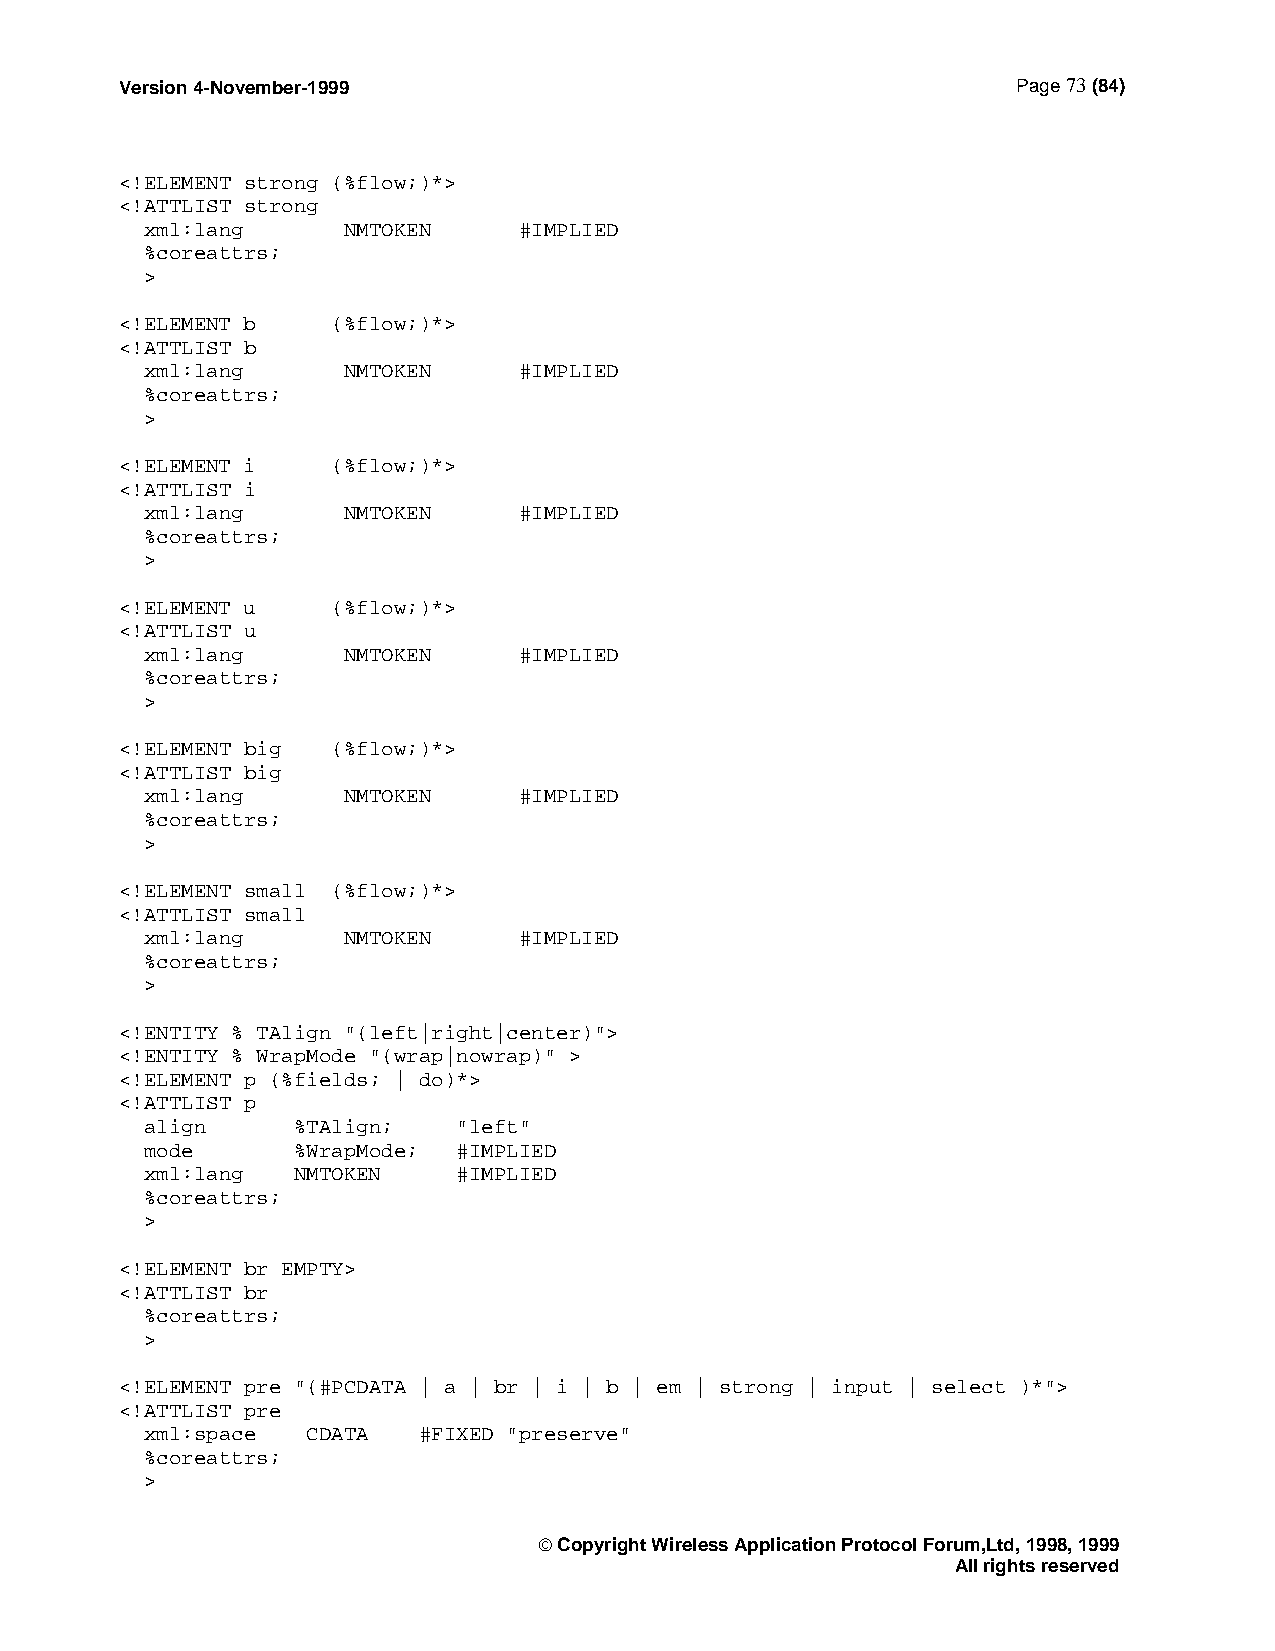
Version 4-November-1999                                    Page 73 (84)
 <!ELEMENT strong (%flow;)*>
 <!ATTLIST strong
 xml:lang     NMTOKEN    #IMPLIED
 %coreattrs;
 >
 <!ELEMENT b   (%flow;)*>
 <!ATTLIST b
 xml:lang     NMTOKEN    #IMPLIED
 %coreattrs;
 >
 <!ELEMENT i   (%flow;)*>
 <!ATTLIST i
 xml:lang     NMTOKEN    #IMPLIED
 %coreattrs;
 >
 <!ELEMENT u   (%flow;)*>
 <!ATTLIST u
 xml:lang     NMTOKEN    #IMPLIED
 %coreattrs;
 >
 <!ELEMENT big (%flow;)*>
 <!ATTLIST big
 xml:lang     NMTOKEN    #IMPLIED
 %coreattrs;
 >
 <!ELEMENT small (%flow;)*>
 <!ATTLIST small
 xml:lang     NMTOKEN    #IMPLIED
 %coreattrs;
 >
 <!ENTITY % TAlign "(left|right|center)">
 <!ENTITY % WrapMode "(wrap|nowrap)" >
 <!ELEMENT p (%fields; | do)*>
 <!ATTLIST p
 align    %TAlign;   "left"
 mode     %WrapMode; #IMPLIED
 xml:lang NMTOKEN    #IMPLIED
 %coreattrs;
 >
 <!ELEMENT br EMPTY>
 <!ATTLIST br
 %coreattrs;
 >
 <!ELEMENT pre "(#PCDATA | a | br | i | b | em | strong | input | select )*">
 <!ATTLIST pre
 xml:space CDATA   #FIXED "preserve"
 %coreattrs;
 >
  Copyright Wireless Application Protocol Forum,Ltd, 1998, 1999
 All rights reserved